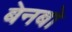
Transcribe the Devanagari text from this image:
बेनबो